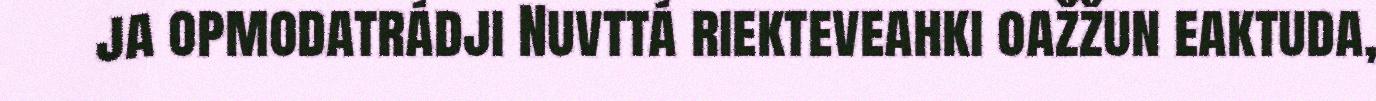
ja opmodatrádji Nuvttá riekteveahki oažžun eaktuda,